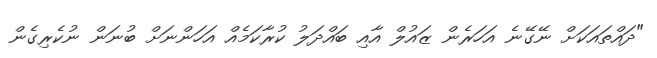
"ދައްތައަކަށް ނޭގޭނެ އަހަރެން ޒައުލް އާއި ބައްދަލު ކުރާކަމެއް އަހަންނަށް ބުނަން ނުކެރިގެން